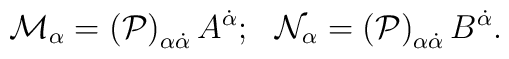
{\cal M}_{\alpha}=\left({\cal P}\right)_{\alpha \dot{\alpha}} A^{\dot{\alpha}}; \, \, \, \,{\cal N}_{\alpha}=\left({\cal P}\right)_{\alpha \dot{\alpha}} B^{\dot{\alpha}}.